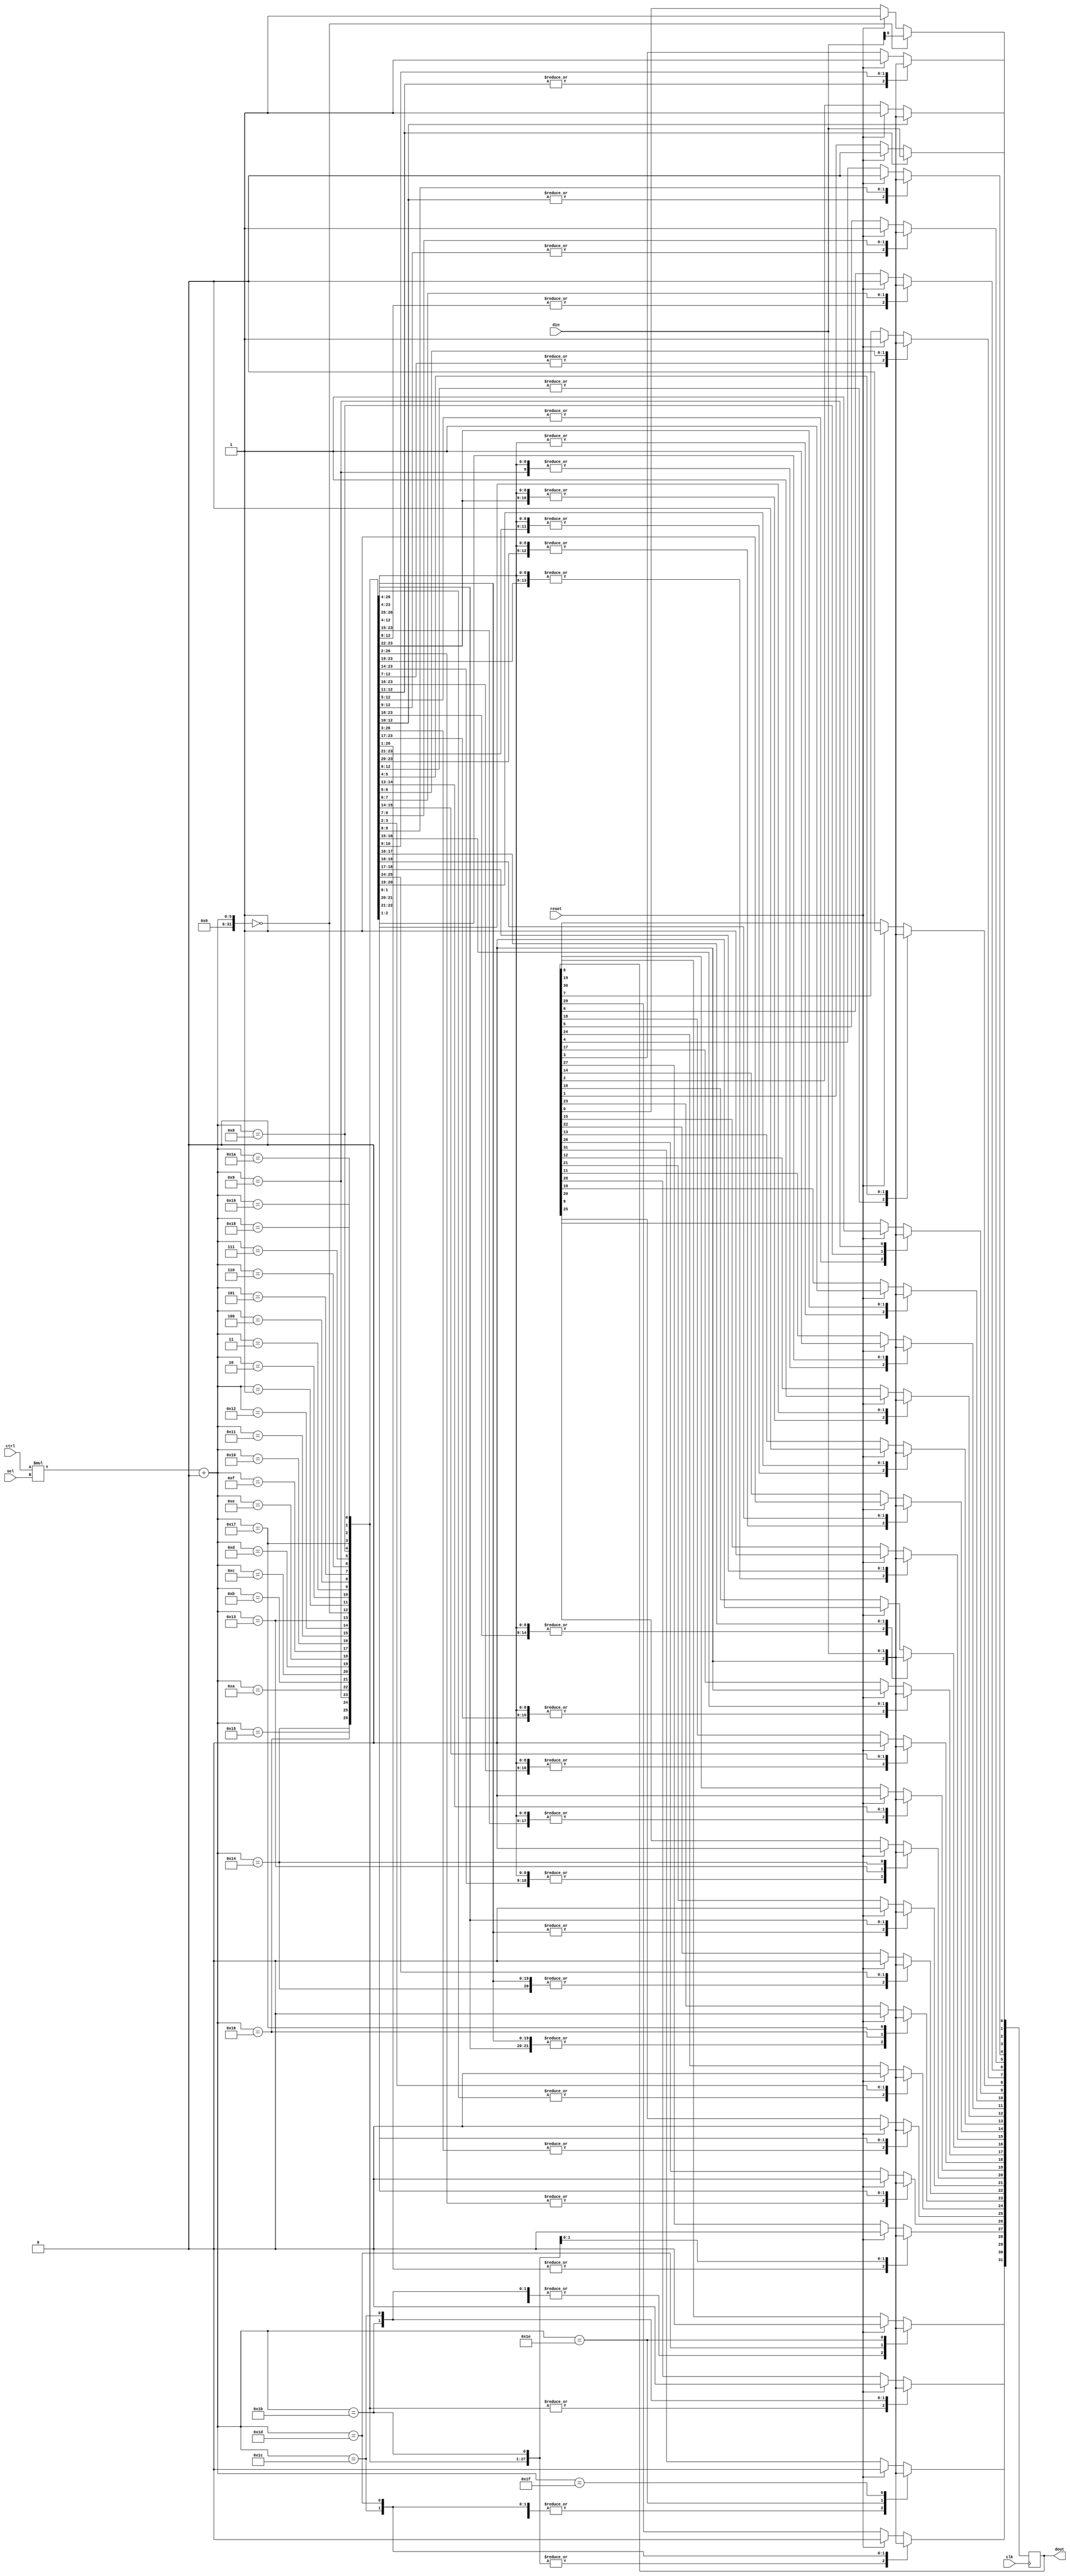
module reset_test_gate (clk, reset, ctrl, din, sel, dout);
   input wire clk;
   input wire reset;
   input wire [4:0] ctrl;
   input wire [1:0] din;
   input wire [0:0] sel;
   output reg [31:0] dout;
   reg [1:0] 	     i;
   wire [0:0] 	     rval;
   assign rval = {reset, 1'b0 };
   always @(posedge clk)
     begin
        case (|(reset))
          1'b 1:
            begin
               case (({(0)*(rval)})+(0))
                 0:
                   dout[31:0] <= 57005;
                 1:
                   dout[31:1] <= 57005;
                 2:
                   dout[31:2] <= 57005;
                 3:
                   dout[31:3] <= 57005;
                 4:
                   dout[31:4] <= 57005;
                 5:
                   dout[31:5] <= 57005;
                 6:
                   dout[31:6] <= 57005;
                 7:
                   dout[31:7] <= 57005;
                 8:
                   dout[31:8] <= 57005;
                 9:
                   dout[31:9] <= 57005;
                 10:
                   dout[31:10] <= 57005;
                 11:
                   dout[31:11] <= 57005;
                 12:
                   dout[31:12] <= 57005;
                 13:
                   dout[31:13] <= 57005;
                 14:
                   dout[31:14] <= 57005;
                 15:
                   dout[31:15] <= 57005;
                 16:
                   dout[31:16] <= 57005;
                 17:
                   dout[31:17] <= 57005;
                 18:
                   dout[31:18] <= 57005;
                 19:
                   dout[31:19] <= 57005;
                 20:
                   dout[31:20] <= 57005;
                 21:
                   dout[31:21] <= 57005;
                 22:
                   dout[31:22] <= 57005;
                 23:
                   dout[31:23] <= 57005;
                 24:
                   dout[31:24] <= 57005;
                 25:
                   dout[31:25] <= 57005;
                 26:
                   dout[31:26] <= 57005;
                 27:
                   dout[31:27] <= 57005;
                 28:
                   dout[31:28] <= 57005;
                 29:
                   dout[31:29] <= 57005;
                 30:
                   dout[31:30] <= 57005;
                 31:
                   dout[31:31] <= 57005;
               endcase
               i = 1;
            end
        endcase
        case (({(ctrl)*(sel)})+(0))
          0:
            dout[31:0] <= din;
          1:
            dout[31:1] <= din;
          2:
            dout[31:2] <= din;
          3:
            dout[31:3] <= din;
          4:
            dout[31:4] <= din;
          5:
            dout[31:5] <= din;
          6:
            dout[31:6] <= din;
          7:
            dout[31:7] <= din;
          8:
            dout[31:8] <= din;
          9:
            dout[31:9] <= din;
          10:
            dout[31:10] <= din;
          11:
            dout[31:11] <= din;
          12:
            dout[31:12] <= din;
          13:
            dout[31:13] <= din;
          14:
            dout[31:14] <= din;
          15:
            dout[31:15] <= din;
          16:
            dout[31:16] <= din;
          17:
            dout[31:17] <= din;
          18:
            dout[31:18] <= din;
          19:
            dout[31:19] <= din;
          20:
            dout[31:20] <= din;
          21:
            dout[31:21] <= din;
          22:
            dout[31:22] <= din;
          23:
            dout[31:23] <= din;
          24:
            dout[31:24] <= din;
          25:
            dout[31:25] <= din;
          26:
            dout[31:26] <= din;
          27:
            dout[31:27] <= din;
          28:
            dout[31:28] <= din;
          29:
            dout[31:29] <= din;
          30:
            dout[31:30] <= din;
          31:
            dout[31:31] <= din;
        endcase
     end
endmodule